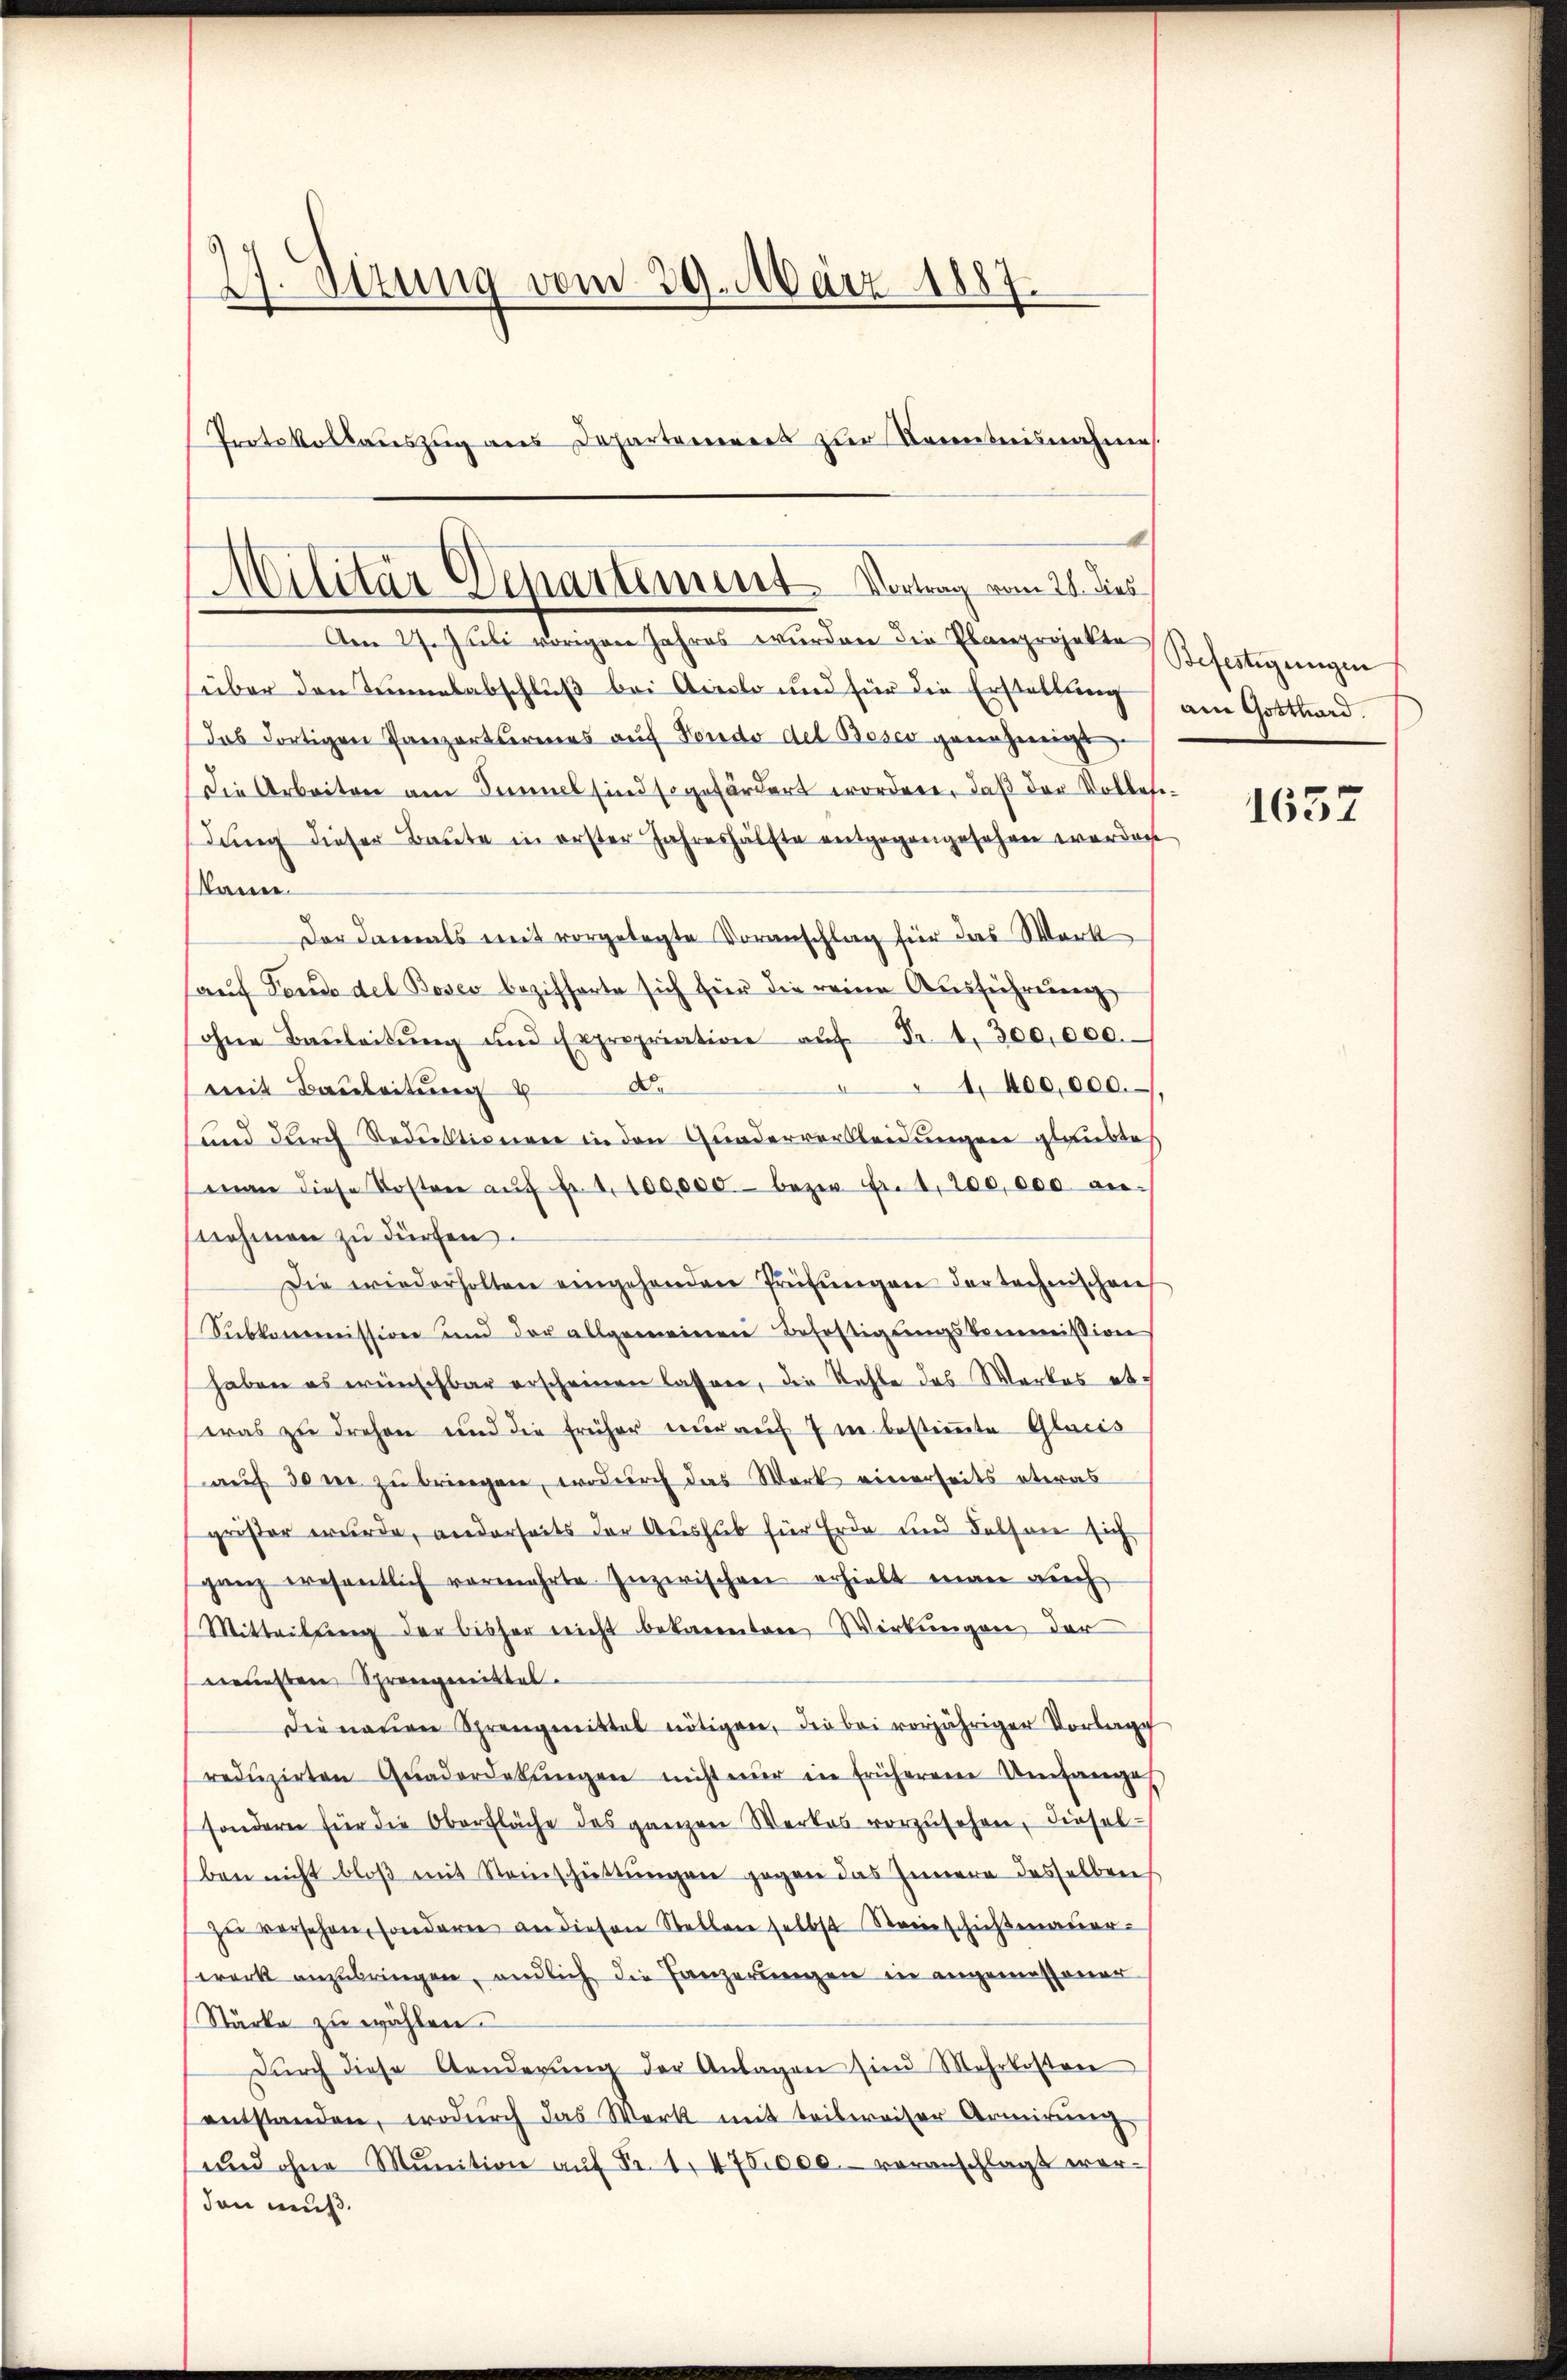
27. Sizung vom 29. März 1887.
Protokollauszug aus Departanerers zur Kenntnisnahme.

Am 27. Juli vorigen Jahres wurden die Planprojekte
über den Teuelabschluß bei Airolo und für die Erstellung
das dortigen Panzerturenes auf Fondo del Bosco genehmigt,
Die Arbeiten am Sammel sind so gefördert worden, daß der Volkesedung dieser Baŭte in erster Jahreshälfte entgegengesehen werden.
kann
Der Damals mit vorgelegte Voranschlag für das Werk
auf Tende del Boses bezifferte sich hier die reinen Ausführung
ohne Baŭleitŭng und Expropriation aŭf Fr. 4. 300,000.
4 400,000.
mit Bauleitung de
und durch Reduktionen in den Quaderverkleidungen glaubtes
man diese Kosten aŭf fr. 1. 100,000 bezw. Fr. 1. 200,000 annehmen zu dürfen.
Die wiederholten eingehenden Prüfŭngen der techenschaf
Sŭbkommission und der allgemeinen Befestigungskommission
haben es wünschbar erscheinen lassen, die Kehle des Wortes etwas zu drehen und die früher nur auf 7 in bestimmte Glarus
auf den zu bringen, wodurch das Werk einerseits etwas
grißer wurde, anderseits der Aushub für Erde und Felsen sich
ganz wesentlich vermehrte Inzwischen erhielt man aŭch
Mitteilung der bisher nicht bekannten Wirkungen der
euesten Sprengemittel
Die neuen Sprengmittel nötigen, die bei vorjähriger Vorlage
redŭzirten Quaderdekŭngen nicht nŭr in früheren Umfange
sondern für die Oberfläche des ganzen Werkes vorzŭsehen, dieselben nicht bloß mit Steinschüttungen gegen das Innern desselben
zŭ versehen, sondern an diesen Stellen selbst Steinschichtmauer-
werk anzubringen, endlich die Tanzerungen in angemessener
Stärke zu wählen.
Dŭrch diese Aenderŭng der Anlagen sind Mehrkosten
entstanden, wodurch das Werk mit teilweiser Armirung,
und ohne Munition aŭf Fr. 1. 476,000.- veranschlagt wer-
den muß.

Militär Departement. Vortrag vom 21. dies

Befestigungen
am Gotthard.

1652